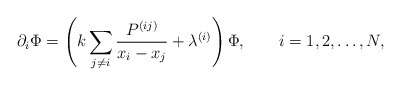
\begin{align*}\partial_i\Phi = \left(k \sum_{j\ne i} \frac{P^{(ij)}}{x_i-x_j} +\lambda^{(i)} \right) \Phi, \qquad i=1,2,\ldots,N, \end{align*}